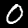
Label: 0